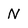
Character: N